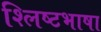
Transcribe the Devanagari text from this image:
श्लिष्टभाषा